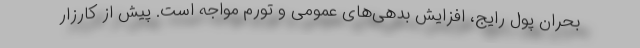
بحران پول رایج، افزایش بدهی‌های عمومی و تورم مواجه است. پیش از کارزار